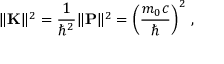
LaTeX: \| \mathbf { K } \| ^ { 2 } = { \frac { 1 } { \hbar ^ { 2 } } } \| \mathbf { P } \| ^ { 2 } = \left( { \frac { m _ { 0 } c } { \hbar } } \right) ^ { 2 } \, ,